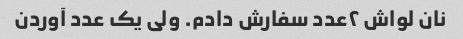
نان لواش ۲عدد سفارش دادم. ولی یک عدد آوردن